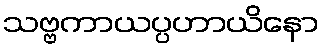
သဗ္ဗကာယပ္ပဟာယိနော